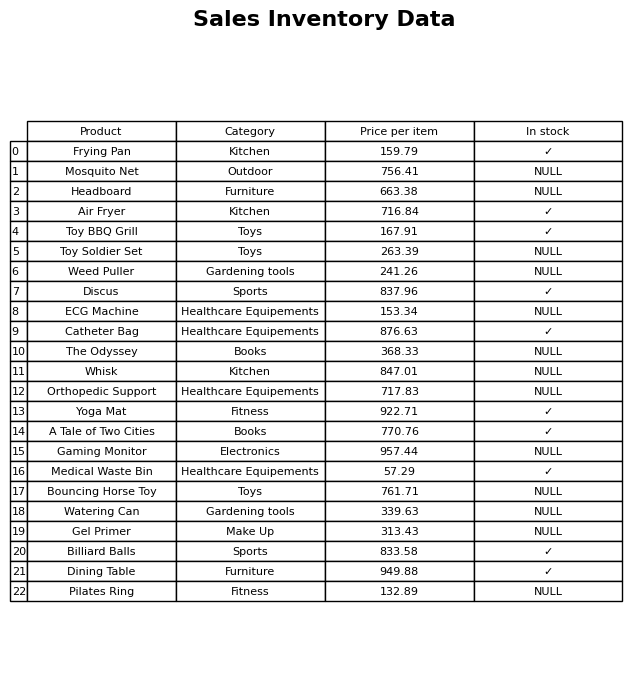
question: What is the price for Watering Can?
answer: The price of Watering Can is 339.63.